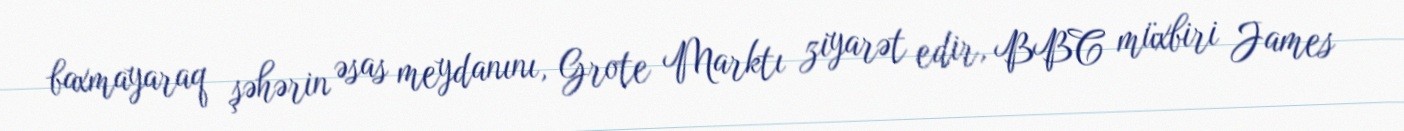
baxmayaraq şəhərin əsas meydanını, Grote Marktı ziyarət edir, BBC müxbiri James